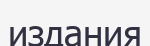
издания